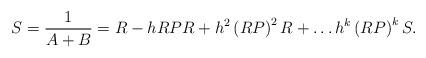
LaTeX: \begin{align*}S=\frac{1}{A+B}=R-hRPR+h^{2}\left(RP\right)^{2}R+\dots h^{k}\left(RP\right)^{k}S.\end{align*}